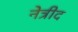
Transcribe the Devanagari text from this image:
नेत्रीद